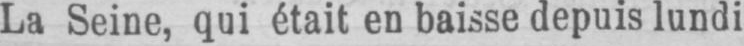
La Seine, qui était en baisse depuis lundi